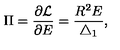
\Pi = \frac { \partial { \cal L } } { \partial E } = \frac { R ^ { 2 } E } { \bigtriangleup _ { 1 } } ,